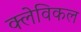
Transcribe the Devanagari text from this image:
क्लेविकल